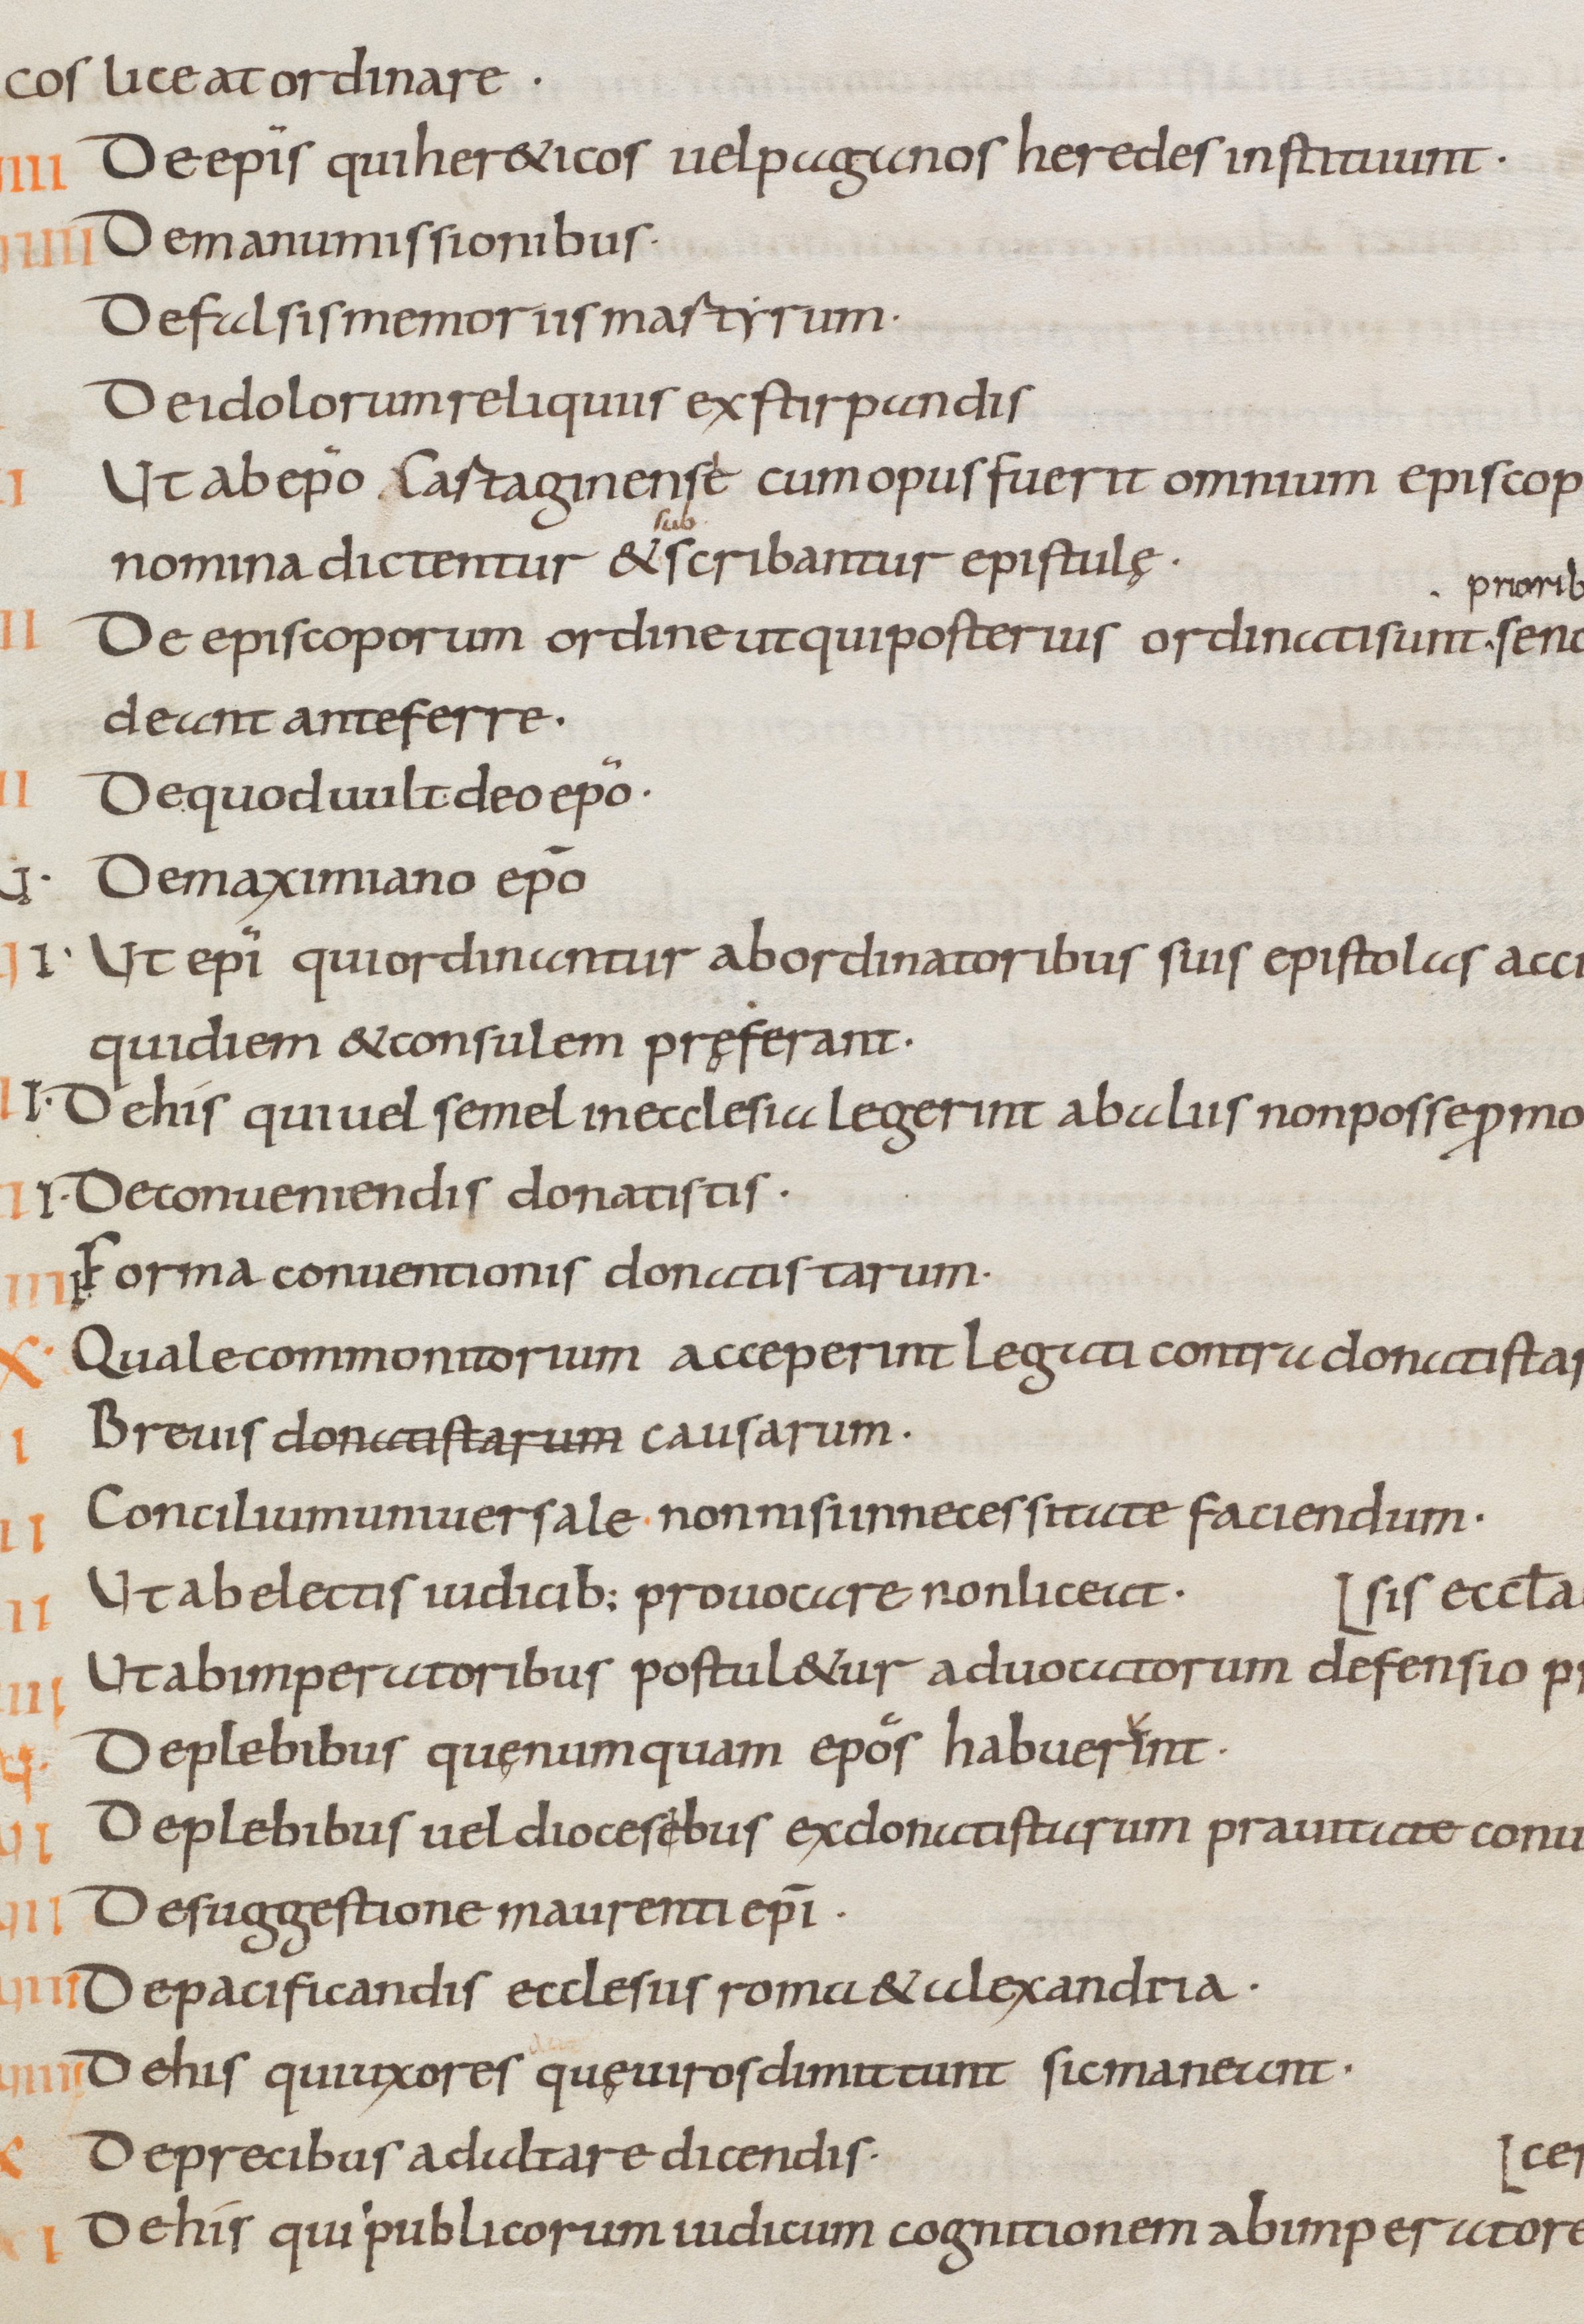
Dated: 805–865